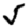
Digit: 5